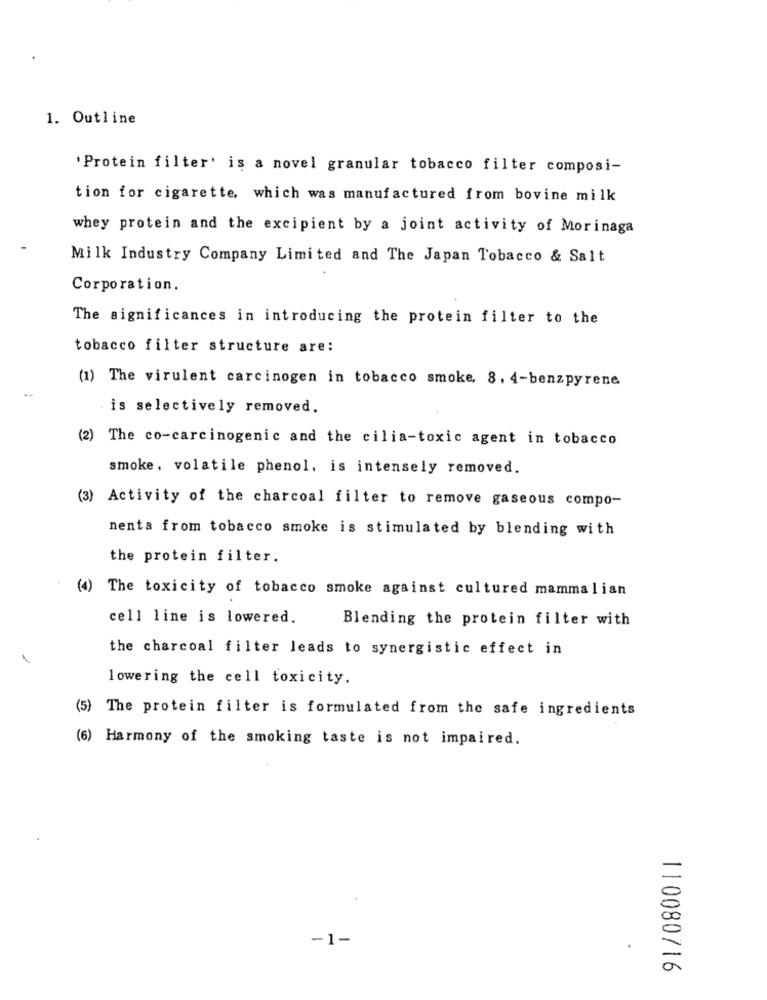
1. Outline
'Protein filter' is a novel granular tobacco filter composi-
tion for cigarette, which was manufactured from bovine milk
whey protein and the excipient by a joint activity of Morinaga
Milk Industry Company Limited and The Japan Tobacco & Salt
Corporation.
The significances in introducing the protein filter to the
tobacco filter structure are:
(1) The virulent carcinogen in tobacco smoke, 8, 4-benzpyrene
is selectively removed.
(2) The co-carcinogenic and the cilia-toxic agent in tobacco
smoke, volatile phenol, is intensely removed.
(3) Activity of the charcoal filter to remove gaseous compo-
nents from tobacco smoke is stimulated by blending with
the protein filter.
(4) The toxicity of tobacco smoke against cultured mammalian
cell line is lowered.
Blending the protein filter with
the charcoal filter leads to synergistic effect in
lowering the cell toxicity.
(5) The protein filter is formulated from the safe ingredients
(6) Harmony of the smoking taste is not impaired.
-1-
110080716